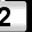
Digit: 2